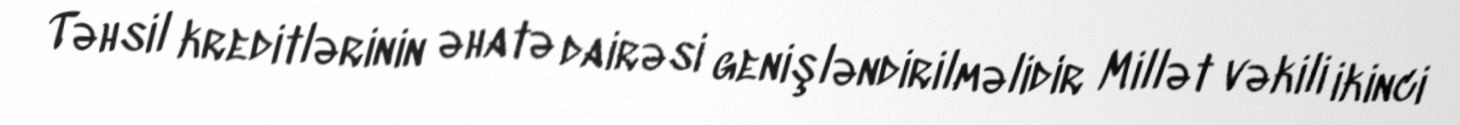
Təhsil kreditlərinin əhatə dairəsi genişləndirilməlidir Millət vəkili ikinci